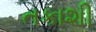
તકાશી